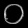
Digit: ၀